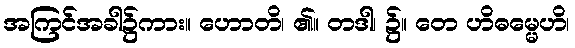
အကြင်အခါ၌ကား။ ဟောတိ၊ ၏။ တဒါ၊ ၌။ တေ ဟိဓမ္မေဟိ၊